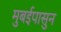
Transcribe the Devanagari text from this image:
मुबईपासुन